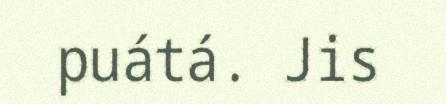
puátá. Jis